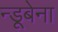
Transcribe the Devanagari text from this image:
न्डूबेना